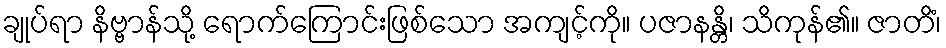
ချုပ်ရာ နိဗ္ဗာန်သို့ ရောက်ကြောင်းဖြစ်သော အကျင့်ကို။ ပဇာနန္တိ၊ သိကုန်၏။ ဇာတိံ၊